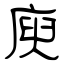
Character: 庾